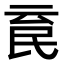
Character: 𣱉